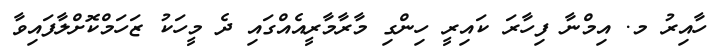
ހާއިރު މ. އިމްނާ ފިހާރަ ކައިރީ ހިންގި މާރާމާރީއެއްގައި ދެ މީހަކު ޒަހަމްކޮށްލާފައިވާ